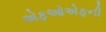
એફઓએફની